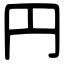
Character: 円